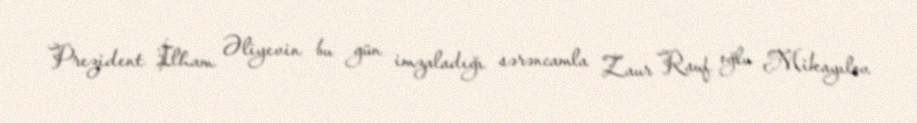
Prezident İlham Əliyevin bu gün imzaladığı sərəncamla Zaur Rauf oğlu Mikayılov